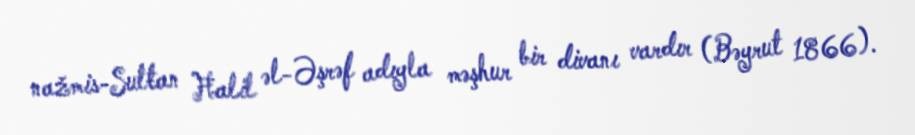
nažmis-Sulŧan Ħalil əl-Əşrəf adıyla məşhur bir divanı vardır (Bəyrut 1866).